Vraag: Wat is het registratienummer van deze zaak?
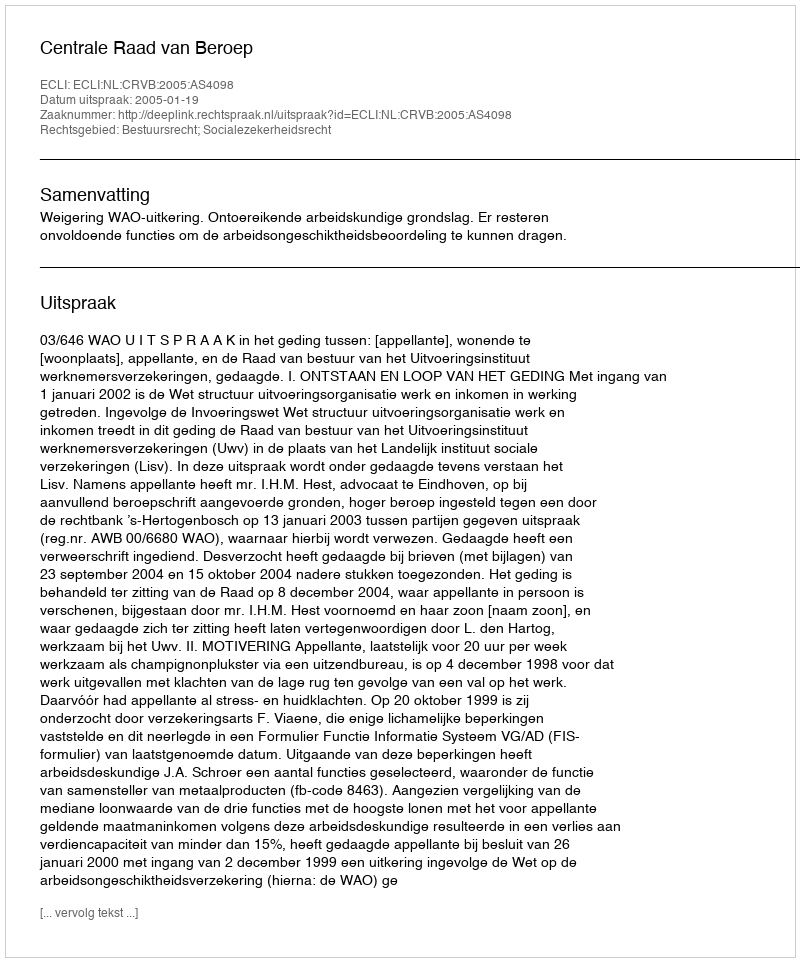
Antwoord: http://deeplink.rechtspraak.nl/uitspraak?id=ECLI:NL:CRVB:2005:AS4098